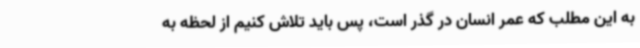
به این مطلب که عمر انسان در گذر است، پس باید تلاش کنیم از لحظه به